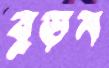
বুড়ন